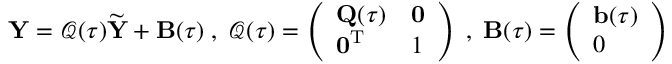
{ \mathbf Y } = \boldsymbol { \mathcal Q } ( \tau ) \widetilde { { \mathbf Y } } + { \mathbf B } ( \tau ) \; , \; \boldsymbol { \mathcal Q } ( \tau ) = \left( \begin{array} { l l } { { \mathbf Q } ( \tau ) } & { { \mathbf 0 } } \\ { { \mathbf 0 } ^ { { \mathrm T } } } & { 1 } \end{array} \right) \; , \; { \mathbf B } ( \tau ) = \left( \begin{array} { l } { { \mathbf b } ( \tau ) } \\ { 0 } \end{array} \right)